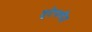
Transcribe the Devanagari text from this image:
तुटेपर्यंत